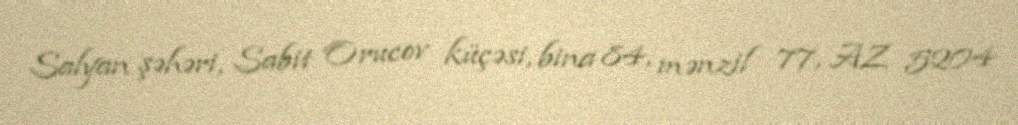
Salyan şəhəri, Sabit Orucov küçəsi, bina 84, mənzil 77, AZ 5204